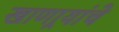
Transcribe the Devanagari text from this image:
खाणार्‍यांचे